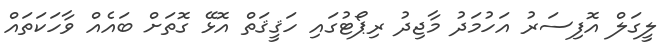
ލީގަލް އޮފިސަރު އަހުމަދު މާޖިދު ރިޕޯޓުގައި ހަޤީޤަތް އޮޅޭ ގޮތަށް ބައެއް ވާހަކަތައް